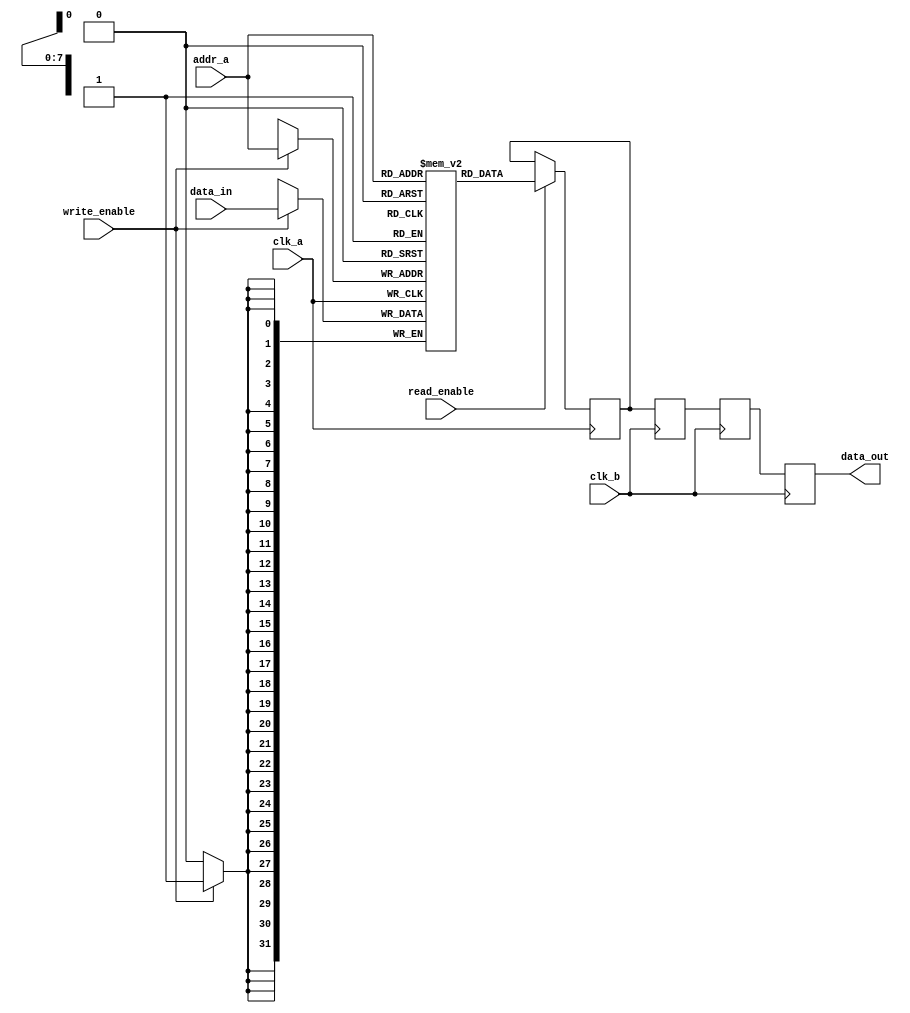
module MemoryBlocks #(
    parameter DATA_WIDTH = 32,
    parameter ADDR_WIDTH = 8,
    parameter MEM_DEPTH = 256,
    parameter DELAY_STAGES = 3
)(
    input wire clk_a,                // Clock for domain A
    input wire clk_b,                // Clock for domain B
    input wire [ADDR_WIDTH-1:0] addr_a, // Address for write/read in domain A
    input wire [DATA_WIDTH-1:0] data_in, // Data input for write operation
    input wire write_enable,         // Write enable signal
    input wire read_enable,          // Read enable signal
    output wire [DATA_WIDTH-1:0] data_out // Data output for read operation
);

    // Memory array
    reg [DATA_WIDTH-1:0] memory [0:MEM_DEPTH-1];

    // Safe Delay Line for synchronization
    reg [DATA_WIDTH-1:0] delay_line [0:DELAY_STAGES-1];

    // Control Logic
    always @(posedge clk_a) begin
        if (write_enable) begin
            // Write data to memory
            memory[addr_a] <= data_in;
        end
    end

    // Read Operation
    reg [DATA_WIDTH-1:0] read_data;
    always @(posedge clk_a) begin
        if (read_enable) begin
            read_data <= memory[addr_a];
        end
    end

    // Safe Delay Line Implementation
    integer i;
    always @(posedge clk_b) begin
        // Shift the data through the delay line
        delay_line[0] <= read_data; // First stage
        for (i = 1; i < DELAY_STAGES; i = i + 1) begin
            delay_line[i] <= delay_line[i-1]; // Shift data through the delay line
        end
    end

    // Output data from the last stage of the delay line
    assign data_out = delay_line[DELAY_STAGES-1];

endmodule